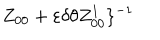
Z _ { 0 0 } + \varepsilon \delta \theta Z _ { 0 0 } ^ { 1 } \} ^ { - 1 }